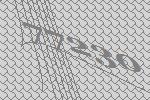
77230